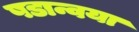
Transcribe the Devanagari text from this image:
षडान्वया